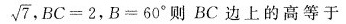
\sqrt { 7 }$$，$$B C = 2$$，$$B = 6 0 °$$则BC边上的高等于